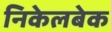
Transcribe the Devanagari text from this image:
निकेलबेक